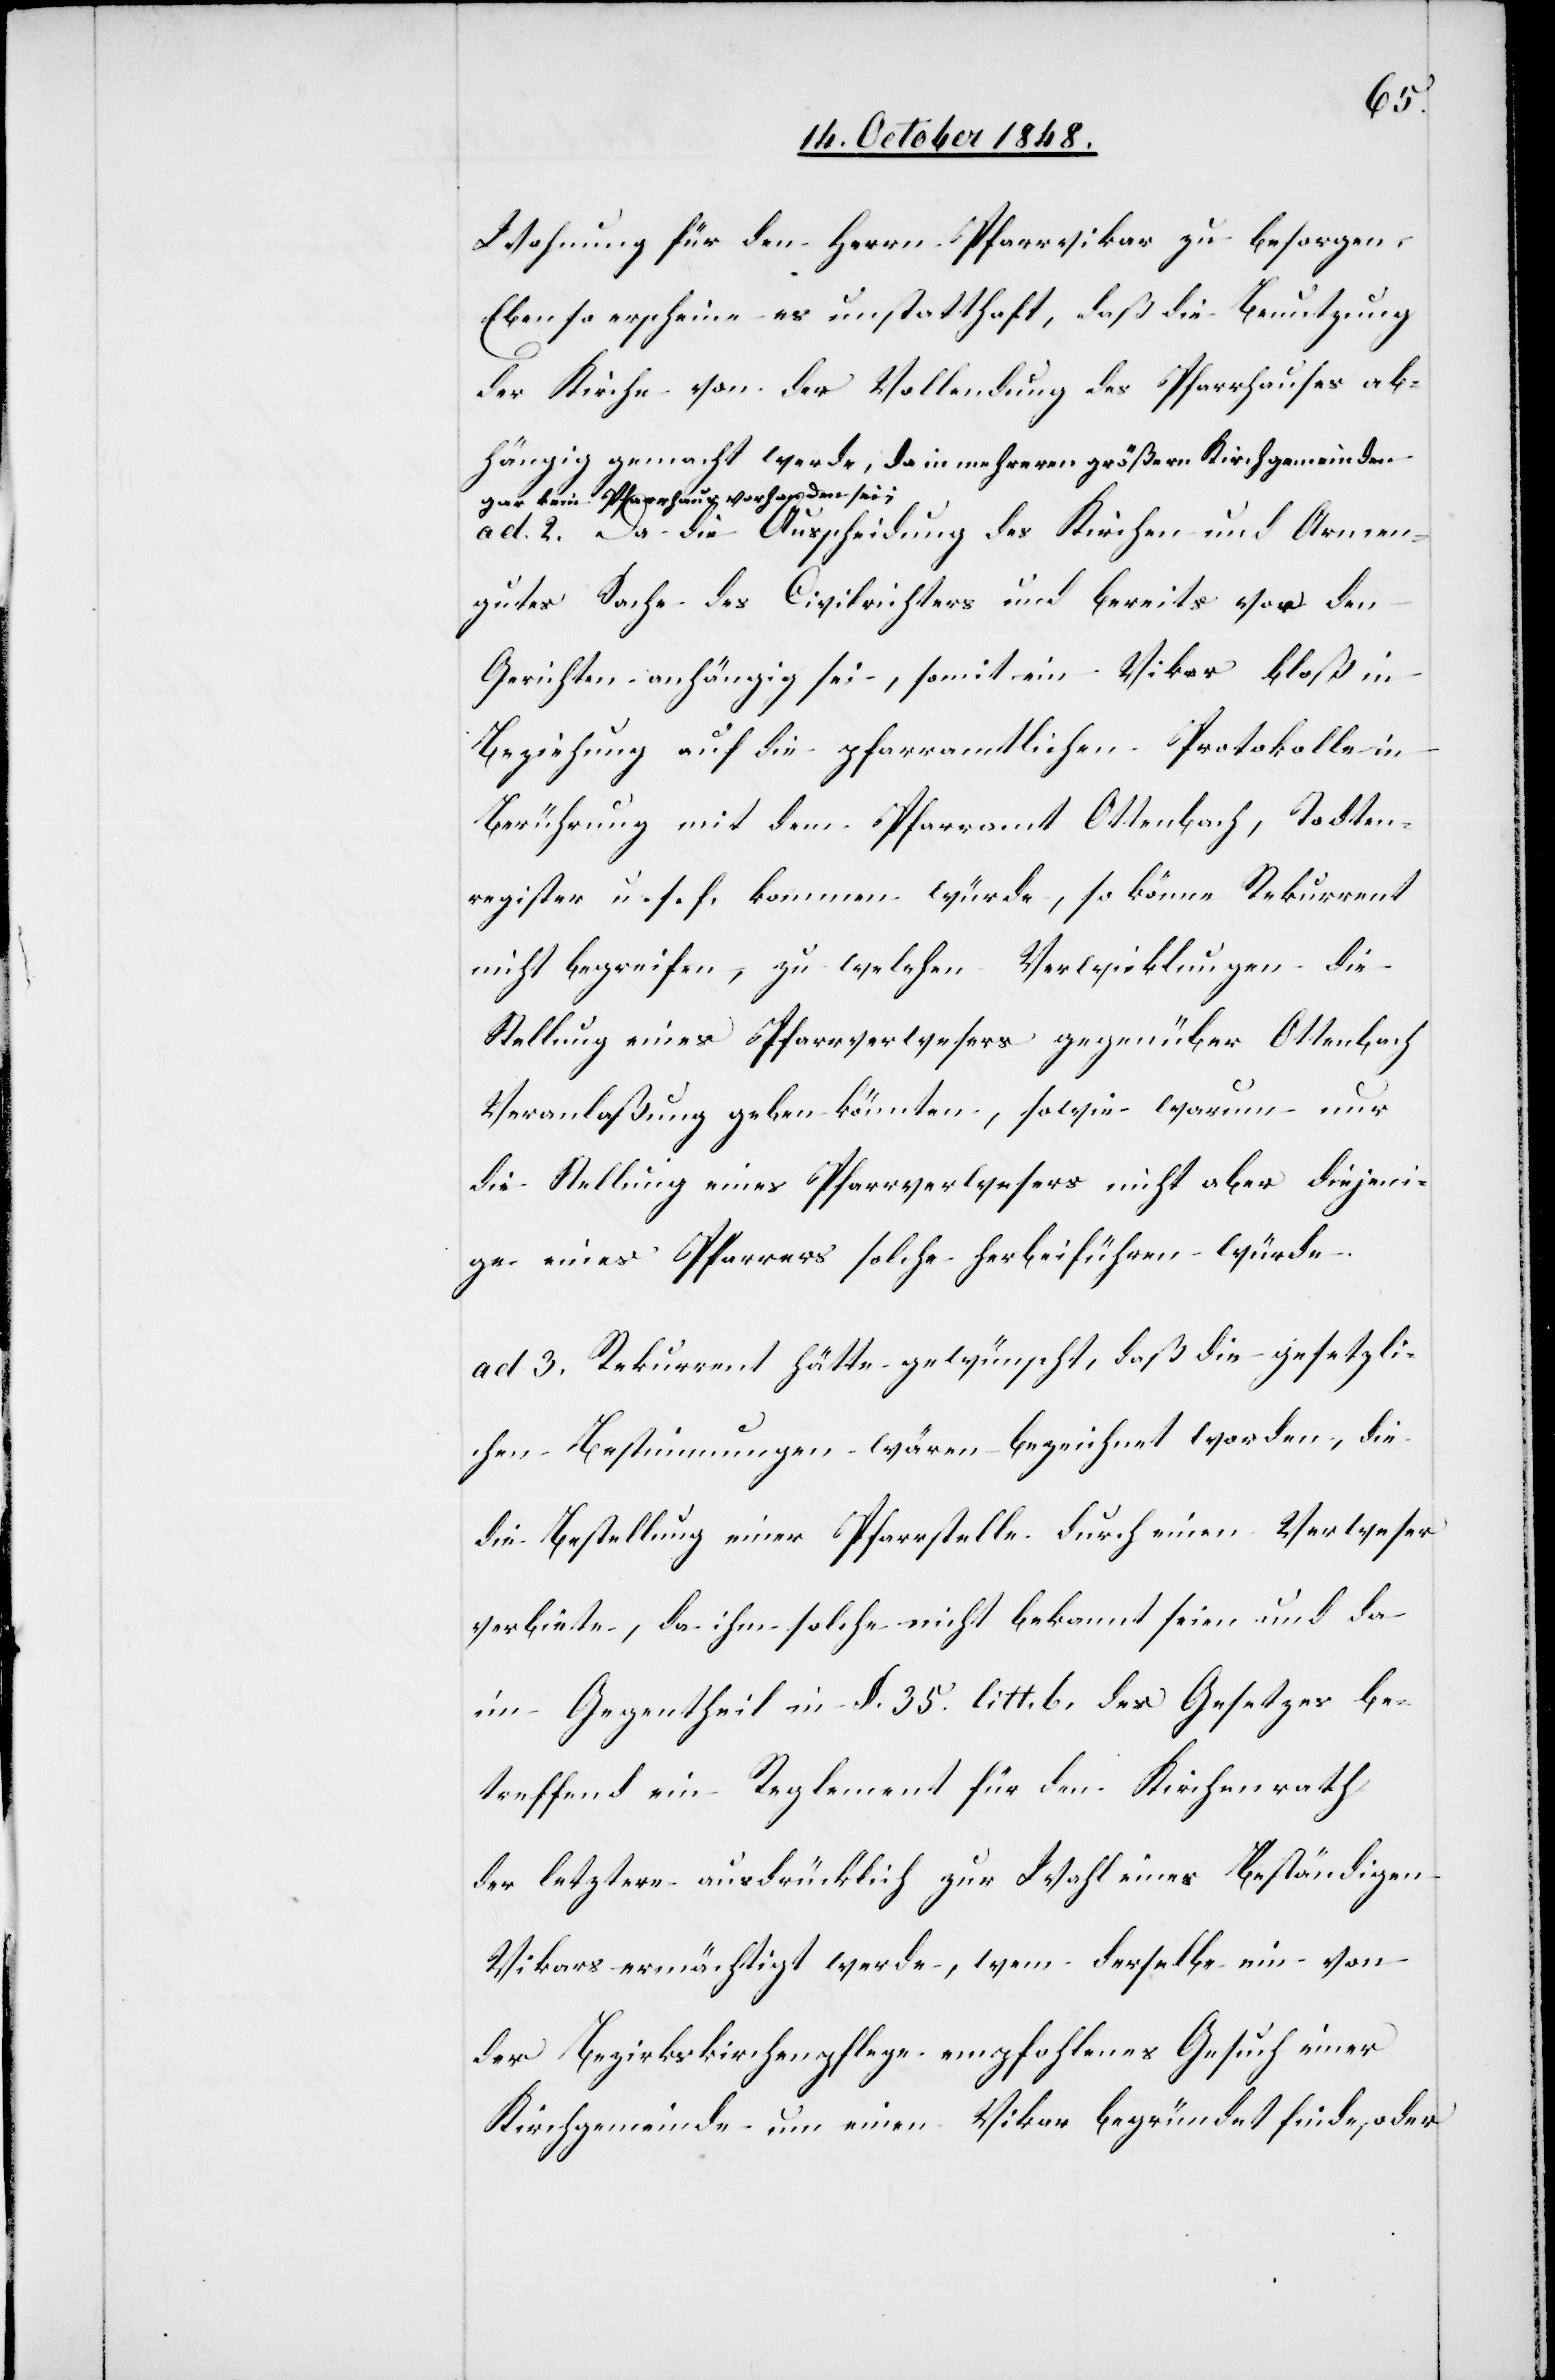
Wohnung für den Herrn Pfarrvikar zu besorgen.
Ebenso erscheine es unstatthaft, daß die Benutzung
der Kirche von der Vollendung des Pfarrhauses ab¬
hängig gemacht werde, da in mehreren größern Kirchgemeinden
gar kein Pfarrhaus vorhanden sei;
ad 2. Da die Ausscheidung des Kirchen und Armen¬
gutes Sache des Civilrichters und bereits vor den
Gerichten anhängig sei, somit ein Vikar bloß in
Beziehung auf die pfarramtlichen Protokolle in
Berührung mit dem Pfarramt Ottenbach, Todten¬
register u. s. f. kommen würde, so könne Rekurrent
nicht begreifen, zu welchen Verwicklungen die
Stellung eines Pfarrverwesers gegenüber Ottenbach
Veranlaßung geben könnten, sowie warum nur
die Stellung eines Pfarrverwesers nicht aber diejeni¬
ge eines Pfarrers solche herbeiführen würde.
ad 3. Rekurrent hätte gewünscht, daß die gesetzli¬
chen Bestimmungen wären bezeichnet worden, die
die Bestellung einer Pfarrstelle durch einen Verweser
verbiete, da ihm solche nicht bekannt seien und da
im Gegentheil in §. 35. litt. b. des Gesetzes be¬
treffend ein Reglement für den Kirchenrath
der letztere ausdrücklich zur Wahl eines Beständigen
Vikars ermächtigt werde, wem [sic!] derselbe ein von
der Bezirkskirchenpflege empfohlenes Gesuch einer
Kirchgemeinde um einen Vikar begründet finde, oder